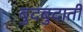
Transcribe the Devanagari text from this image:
बुदबुदाती